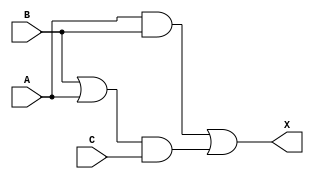
/*
 * Copyright 2020 The SkyWater PDK Authors
 *
 * Licensed under the Apache License, Version 2.0 (the "License");
 * you may not use this file except in compliance with the License.
 * You may obtain a copy of the License at
 *
 *     https://www.apache.org/licenses/LICENSE-2.0
 *
 * Unless required by applicable law or agreed to in writing, software
 * distributed under the License is distributed on an "AS IS" BASIS,
 * WITHOUT WARRANTIES OR CONDITIONS OF ANY KIND, either express or implied.
 * See the License for the specific language governing permissions and
 * limitations under the License.
 *
 * SPDX-License-Identifier: Apache-2.0
*/


`ifndef SKY130_FD_SC_HD__MAJ3_FUNCTIONAL_V
`define SKY130_FD_SC_HD__MAJ3_FUNCTIONAL_V

/**
 * maj3: 3-input majority vote.
 *
 * Verilog simulation functional model.
 */

`timescale 1ns / 1ps
`default_nettype none

`celldefine
module sky130_fd_sc_hd__maj3 (
    X,
    A,
    B,
    C
);

    // Module ports
    output X;
    input  A;
    input  B;
    input  C;

    // Local signals
    wire or0_out  ;
    wire and0_out ;
    wire and1_out ;
    wire or1_out_X;

    //  Name  Output     Other arguments
    or  or0  (or0_out  , B, A              );
    and and0 (and0_out , or0_out, C        );
    and and1 (and1_out , A, B              );
    or  or1  (or1_out_X, and1_out, and0_out);
    buf buf0 (X        , or1_out_X         );

endmodule
`endcelldefine

`default_nettype wire
`endif  // SKY130_FD_SC_HD__MAJ3_FUNCTIONAL_V